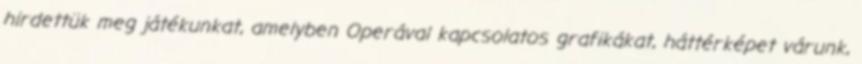
hirdettük meg játékunkat, amelyben Operával kapcsolatos grafikákat, háttérképet várunk,